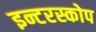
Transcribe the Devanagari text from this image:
इन्टरस्कोप